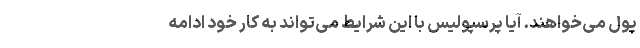
پول می‌خواهند. آیا پرسپولیس با این شرایط می‌تواند به کار خود ادامه